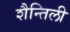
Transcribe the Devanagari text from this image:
शैन्तिली